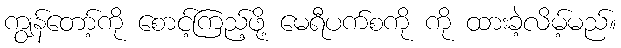
ကျွန်တော့်ကို စောင့်ကြည့်ဖို့ မေရီပက်စကို ကို ထားခဲ့လိမ့်မည်။